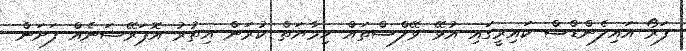
ފަރޯ އައިލެންޑްސް ކައިރީގައި އުޅޭ ވޭލްސްތައް ހިމާޔަތް ކުރަން އިތުރު އޮޕަރޭޝަނެއް ފަށަން